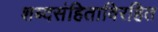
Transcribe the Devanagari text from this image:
शब्दसंहिताविरहित